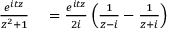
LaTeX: \begin{array} { r l } { { \frac { e ^ { i t z } } { z ^ { 2 } + 1 } } } & { { } = { \frac { e ^ { i t z } } { 2 i } } \left( { \frac { 1 } { z - i } } - { \frac { 1 } { z + i } } \right) } \end{array}